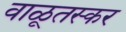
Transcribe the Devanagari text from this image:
वाळूतस्कर